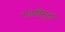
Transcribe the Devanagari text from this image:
मलविमुक्त